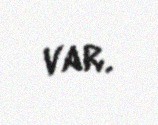
var.